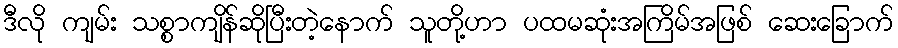
ဒီလို ကျမ်း သစ္စာကျိန်ဆိုပြီးတဲ့နောက် သူတို့ဟာ ပထမဆုံးအကြိမ်အဖြစ် ဆေးခြောက်